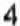
4